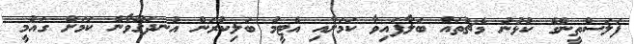
ފަލަސްތީންގެ ކުޅުނު މެޗުތައް ބަލާފައިވާ ކަމަށާއި އެޓީމު ބަލިކުރަން އުނދަގޫވާނެ ކަމަށް ގައުމީ